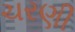
ચરણી